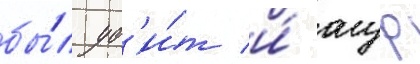
бы́л уб'и́т и́ угур